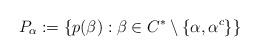
LaTeX: \begin{align*}P_\alpha := \{ p(\beta) : \beta \in C^* \setminus \{ \alpha, \alpha^c\} \}\end{align*}